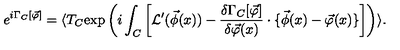
e ^ { i \Gamma _ { C } [ \vec { \varphi } ] } = \langle T _ { C } \mathrm { e x p } \left( i \int _ { C } \left[ { \cal L } ^ { \prime } ( \vec { \phi } ( x ) ) - \frac { \delta \Gamma _ { C } [ \vec { \varphi } ] } { \delta \vec { \varphi } ( x ) } \cdot \{ \vec { \phi } ( x ) - \vec { \varphi } ( x ) \} \right] \right) \rangle .